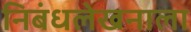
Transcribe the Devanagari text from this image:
निबंधलेखनाला